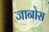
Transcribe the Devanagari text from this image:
जानोस